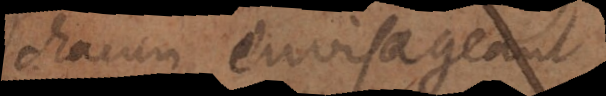
chacun envisageant